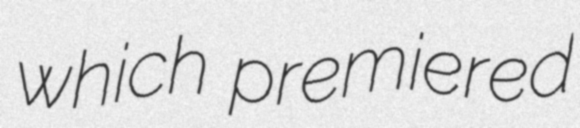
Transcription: which premiered